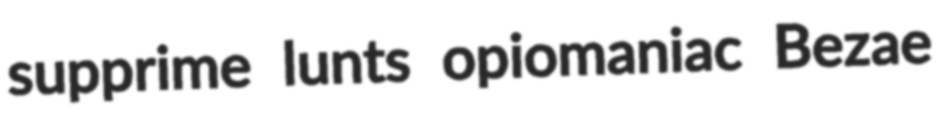
supprime lunts opiomaniac Bezae